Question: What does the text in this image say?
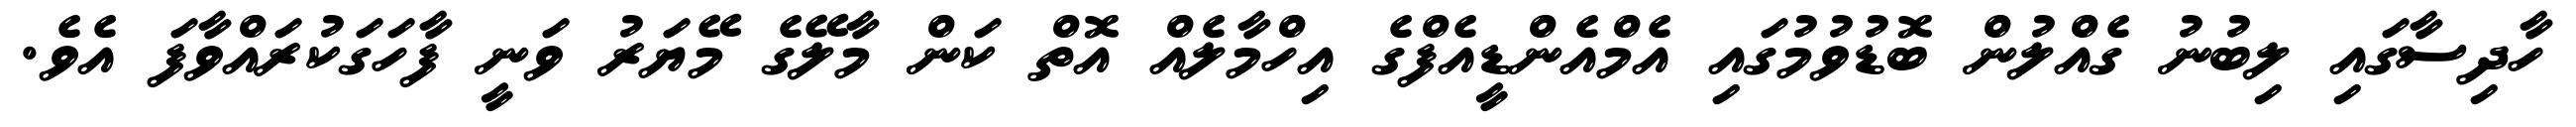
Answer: ހާދިސާގައި ލިބުނު ގެއްލުން ބޮޑުވުމުގައި އެމްއެންޑީއެފްގެ އިހްމާލެއް އޮތް ކަން މާލޭގެ މޭޔަރު ވަނީ ފާހަގަކުރައްވާފަ އެވެ.